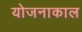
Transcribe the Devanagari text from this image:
योजनाकाल